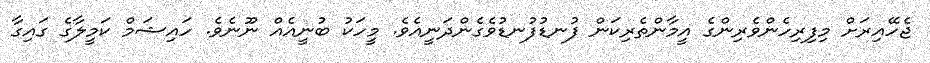
ޖެހޭއިރަށް މިފިރިހެންވެރިންގެ އީމާންތެރިކަން ފުނޑުފުނޑުވެގެންދަނީއެވެ. މީހަކު ބުނީއެއް ނޫނެވެ. ހައިޝަމް ކަމީލާގެ ގައިގާ